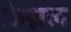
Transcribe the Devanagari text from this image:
फ्रेस्नल